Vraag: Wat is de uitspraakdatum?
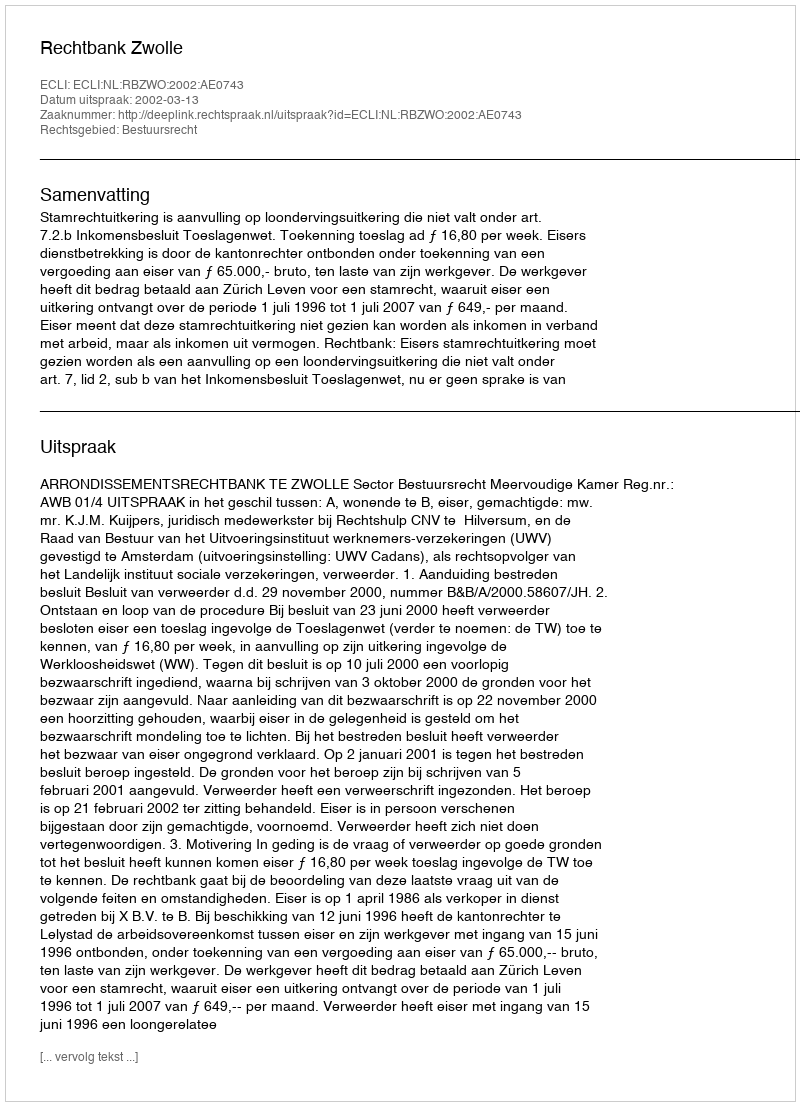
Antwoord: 2002-03-13